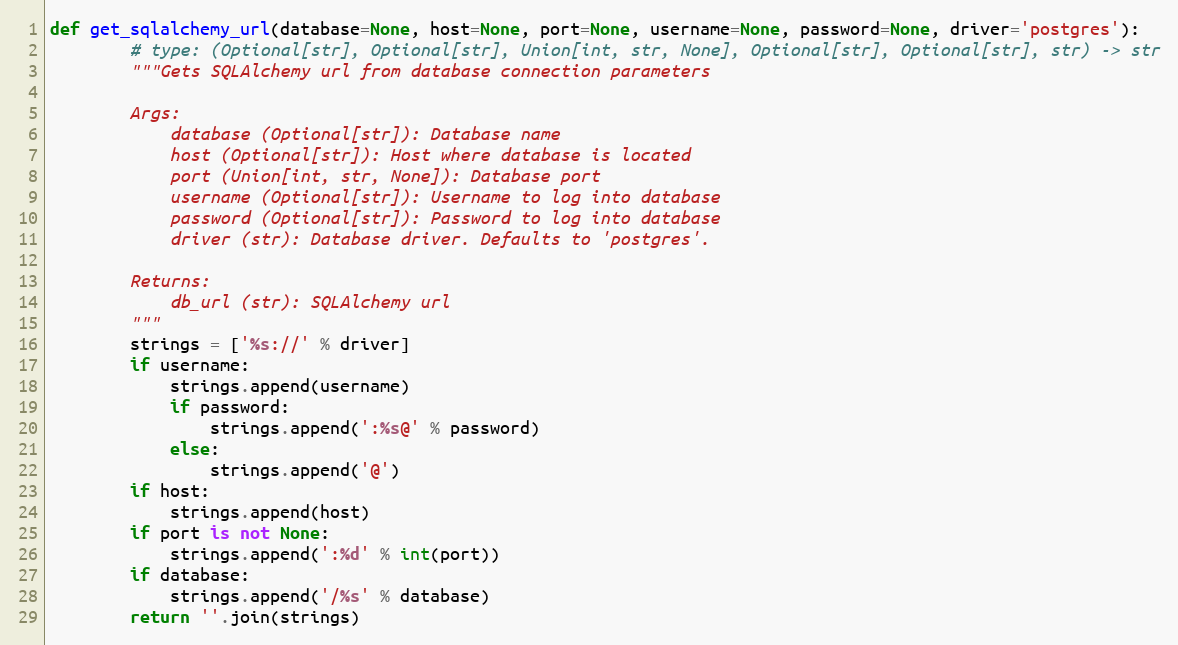
Language: Python
def get_sqlalchemy_url(database=None, host=None, port=None, username=None, password=None, driver='postgres'):
        # type: (Optional[str], Optional[str], Union[int, str, None], Optional[str], Optional[str], str) -> str
        """Gets SQLAlchemy url from database connection parameters

        Args:
            database (Optional[str]): Database name
            host (Optional[str]): Host where database is located
            port (Union[int, str, None]): Database port
            username (Optional[str]): Username to log into database
            password (Optional[str]): Password to log into database
            driver (str): Database driver. Defaults to 'postgres'.

        Returns:
            db_url (str): SQLAlchemy url
        """
        strings = ['%s://' % driver]
        if username:
            strings.append(username)
            if password:
                strings.append(':%s@' % password)
            else:
                strings.append('@')
        if host:
            strings.append(host)
        if port is not None:
            strings.append(':%d' % int(port))
        if database:
            strings.append('/%s' % database)
        return ''.join(strings)